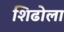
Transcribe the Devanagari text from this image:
शिढोला